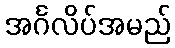
အင်္ဂလိပ်အမည်